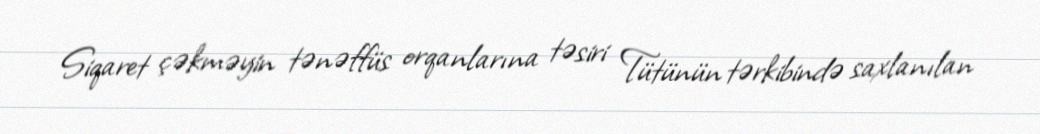
Siqaret çəkməyin tənəffüs orqanlarına təsiri Tütünün tərkibində saxlanılan